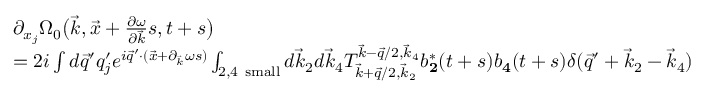
\begin{array} { r l } & { \partial _ { { x } _ { j } } \Omega _ { 0 } \big ( \vec { k } , \vec { x } + \frac { \partial \omega } { \partial \vec { k } } s , t + s \big ) } \\ & { = 2 i \int d \vec { q } ^ { \prime } q _ { j } ^ { \prime } e ^ { i \vec { q } ^ { \prime } \cdot ( \vec { x } + \partial _ { \vec { k } } \omega s ) } \int _ { 2 , 4 \mathrm { ~ s m a l l } } d \vec { k } _ { 2 } d \vec { k } _ { 4 } T _ { \vec { k } + \vec { q } / 2 , \vec { k } _ { 2 } } ^ { \vec { k } - \vec { q } / 2 , \vec { k } _ { 4 } } b _ { \mathbf 2 } ^ { * } ( t + s ) b _ { \mathbf 4 } ( t + s ) \delta ( \vec { q } ^ { \prime } + \vec { k } _ { 2 } - \vec { k } _ { 4 } ) } \end{array}